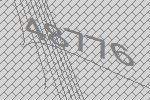
48776